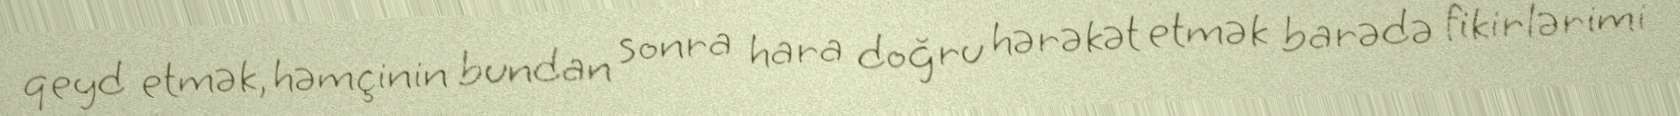
qeyd etmək, həmçinin bundan sonra hara doğru hərəkət etmək barədə fikirlərimi